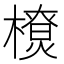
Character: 𰘴